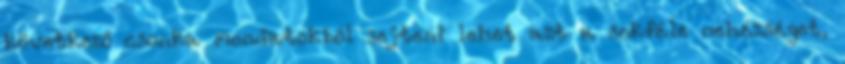
következő csonka mondatokból sejteni lehet azt a sokféle nehézséget,